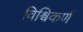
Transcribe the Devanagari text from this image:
विश्विकर्ण